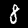
Digit: 8